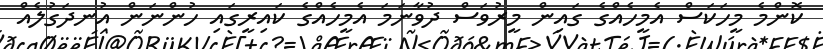
ކޮންމެ މީހަކަސް އެމީހެއްގެ ގައިން މީރުވަސް ދުވާނަމަ އެމީހެއްގެ ކައިރީގައި ހުންނަން އުނދަގުލެއް